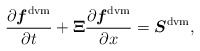
\begin{align*} \frac{\partial \boldsymbol{f}^{\mathrm{dvm}}}{\partial t} + {\bf\Xi} \frac{\partial \boldsymbol{f}^{\mathrm{dvm}}}{\partial x} = \boldsymbol{S}^{\mathrm{dvm}},\end{align*}